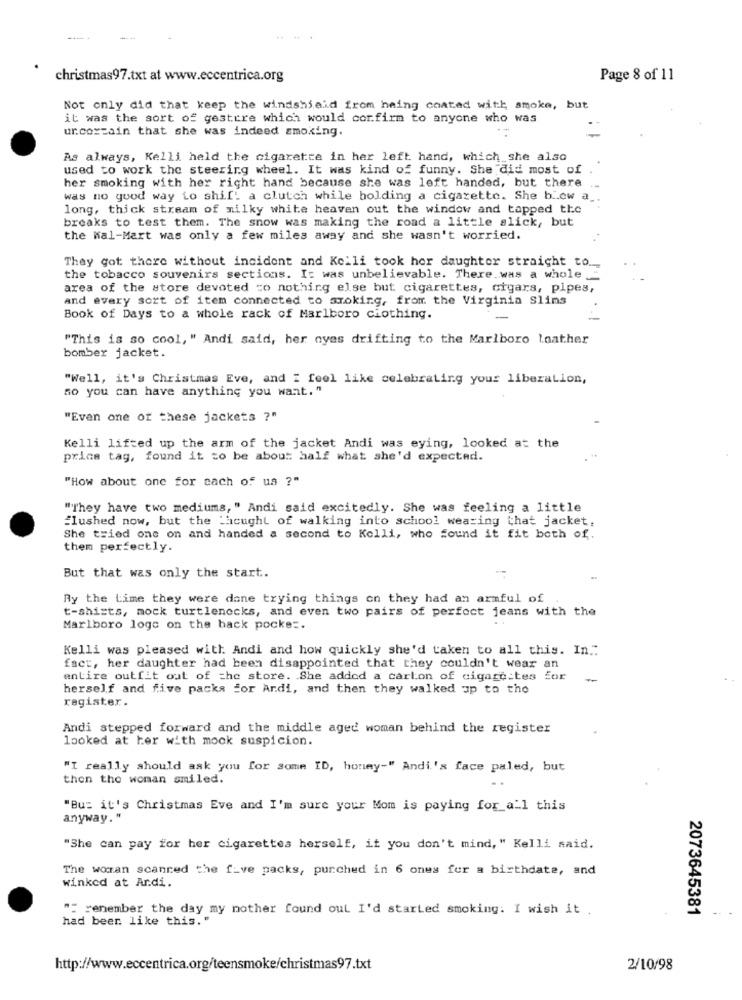
christmas97.txt at www.eccentrica.org
Page 8 of 11
Not only did that keep the windshield from heing coated with smoke, but
it was the sort of gestire which would confirm to anyone who was
urcoxzain that she was indeed smoking.
As always, Kelli held the cigarette in her left hand, which she also
used to work the steering wheel. It was kind of funny. She did most of
her smoking with her right hand because she was left handed, but there
was no good way to shif: a clutch while holding a cigarette. She blow a
long, thick stream of milky white heaven out the window and tapped the
breaks to test them. The snow was making the road a little slick, but
the Wal-Mart was only a few miles away and she wasn't worried.
They got there without incident and Kelli took her daughter straight to.
the tobacco souvenirs sections. It was unbelievable. There.was a whole ."
area of the store devoted to nothing else but cigarettes, cigars, pipes,
and every sort of item connected to smoking, from the Virginia Slims
Book of Days to a whole rack of Marlboro ciothing.
"This is so cool, " Andi said, her oyes drifting to the Marlboro loather
bomber jacket.
"Well, it's Christmas Eve, and I feel like celebrating your liberation,
so you can have anything you want."
"Even one of these jackets ?"
Kelli lifted up the arm of the jacket Andi was eying, looked at the
price tag, found it to be about half what she'd expected.
"How about one for cach of us ?"
"They have two mediums, " Andi said excitedly. She was feeling a little
flushed now, but the Licught of walking into school wearing that jacket.
She tried one on and handed a second to Kelli, who found it fit both of.
them perfectly.
But that was only the start.
Ry the time they were done trying things on they had an armful of
t-shirts, mock turtlenecks, and even two pairs of perfect jeans with the
Marlboro logo on the back pocke :.
Kelli was pleased with Andi and how quickly she'd taken to all this. In."
fact, her daughter had been disappointed that they couldn't wear an
entire outfit out of the store. She added a carlon of cigarettes for
herself and five packs for Ardi, and then they walked up to the
register.
Andi stepped forward and the middle aged woman behind the register
looked at her with mock suspicion.
"I really should ask you for some ID, honey-" Andi's face paled, but
then the woman smiled.
"Bu: it's Christmas Eve and I'm sure your Mom is paying for all this
anyway."
"She can pay for her cigarettes herself, if you don't mind, " Kelli said.
The woran scanned the f_ve packs, purched in 6 ones for a birthdate, and
winked at Ardi.
"" renember the day my mother found out I'd started smoking. I wish it .
2073645381
had beer. like this."
http://www.eccentrica.org/teensmoke/christmas97.txt
2/10/98